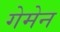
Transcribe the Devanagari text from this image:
गेमेन